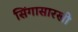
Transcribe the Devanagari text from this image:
सिंगासारखी